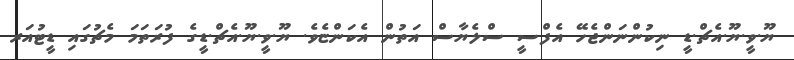
ޔޫ.ވީ.ޔޫ.އެޗް.ޑީ ނިކުންނަންޖެހޭ އެފްސީ ސްލެޔާސް އަތުން އެކަންޏެވެ. ޔޫ.ވީ.ޔޫ.އެޗް.ޑީގެ ފުރަތަމަ މެޗުގައި ޑީޓުއަރ